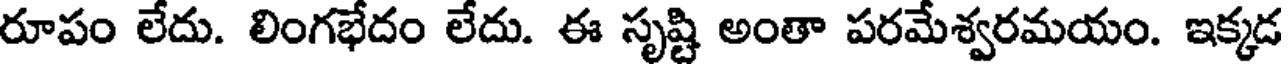
రూపం లేదు. లింగభేదం లేదు. ఈ సృష్టి అంతా పరమేశ్వరమయం. ఇక్కడ